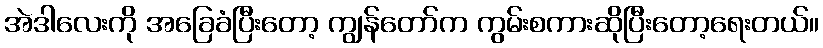
အဲဒါလေးကို အခြေခံပြီးတော့ ကျွန်တော်က ကွမ်းစကားဆိုပြီးတော့ရေးတယ်။